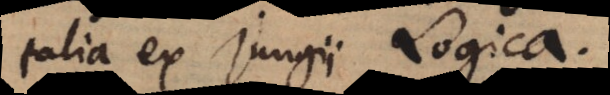
talia ex Jungii Logica.